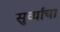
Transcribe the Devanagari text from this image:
सुर्व्यांचा